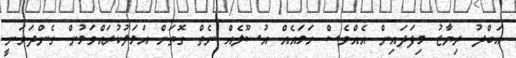
ޢަބްދު ރިޔާޒު މިފަދައިން އެއްވެސް ހަމައެއް އުސޫލެއް ނެތް ގޮތަށް އަމަލުކުރައްވަމުން ގެންދަވަނީ